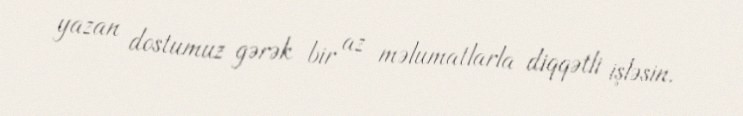
yazan dostumuz gərək bir az məlumatlarla diqqətli işləsin.